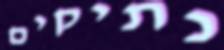
נתיקים